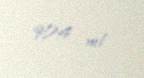
904 ml